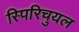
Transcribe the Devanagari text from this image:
स्पिरिचुयल